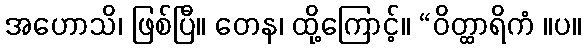
အဟောသိ၊ ဖြစ်ပြီ။ တေန၊ ထို့ကြောင့်။ “ဝိတ္ထာရိကံ ။ပ။